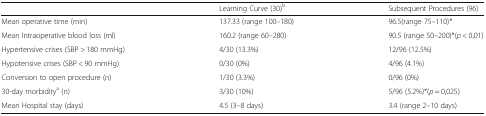
|  | Learning Curve (30)b | Subsequent Procedures (96) |
 | --- | --- | --- |
 | Mean operative time (min) | 137.33 (range 100–180) | 96.5(range 75–110)* |
 | Mean Intraoperative blood loss (ml) | 160.2 (range 60–280) | 90.5 (range 50–200)*(p < 0,01) |
 | Hypertensive crises (SBP > 180 mmHg) | 4/30 (13.3%) | 12/96 (12.5%) |
 | Hypotensive crises (SBP < 90 mmHg) | 0/30 (0%) | 4/96 (4.1%) |
 | Conversion to open procedure (n) | 1/30 (3.3%) | 0/96 (0%) |
 | 30-day morbiditya (n) | 3/30 (10%) | 5/96 (5.2%)*(p = 0,025) |
 | Mean Hospital stay (days) | 4.5 (3–8 days) | 3.4 (range 2–10 days) |